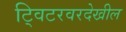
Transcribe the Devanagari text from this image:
ट्विटरवरदेखील